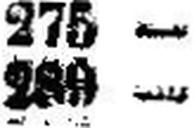
289 —